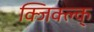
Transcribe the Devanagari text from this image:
क्जिक्ल्क्